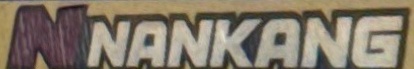
NNANKANG